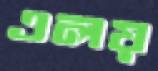
এলয়